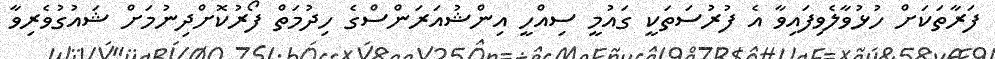
ފަރާތަކަށް ހުޅުވާލެވިފައިވާ އެ ފުރުސަތަކީ ގައުމީ ސިއްހީ އިންޝުއަރަންސްގެ ހިދުމަތް ފޯރުކޮށްދިނުމަށް ޝައުގުވެރިވާ